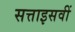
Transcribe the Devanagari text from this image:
सत्ताइसवीं